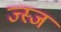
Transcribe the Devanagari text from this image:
ज्स्ज